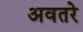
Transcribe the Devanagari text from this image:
अवतरे